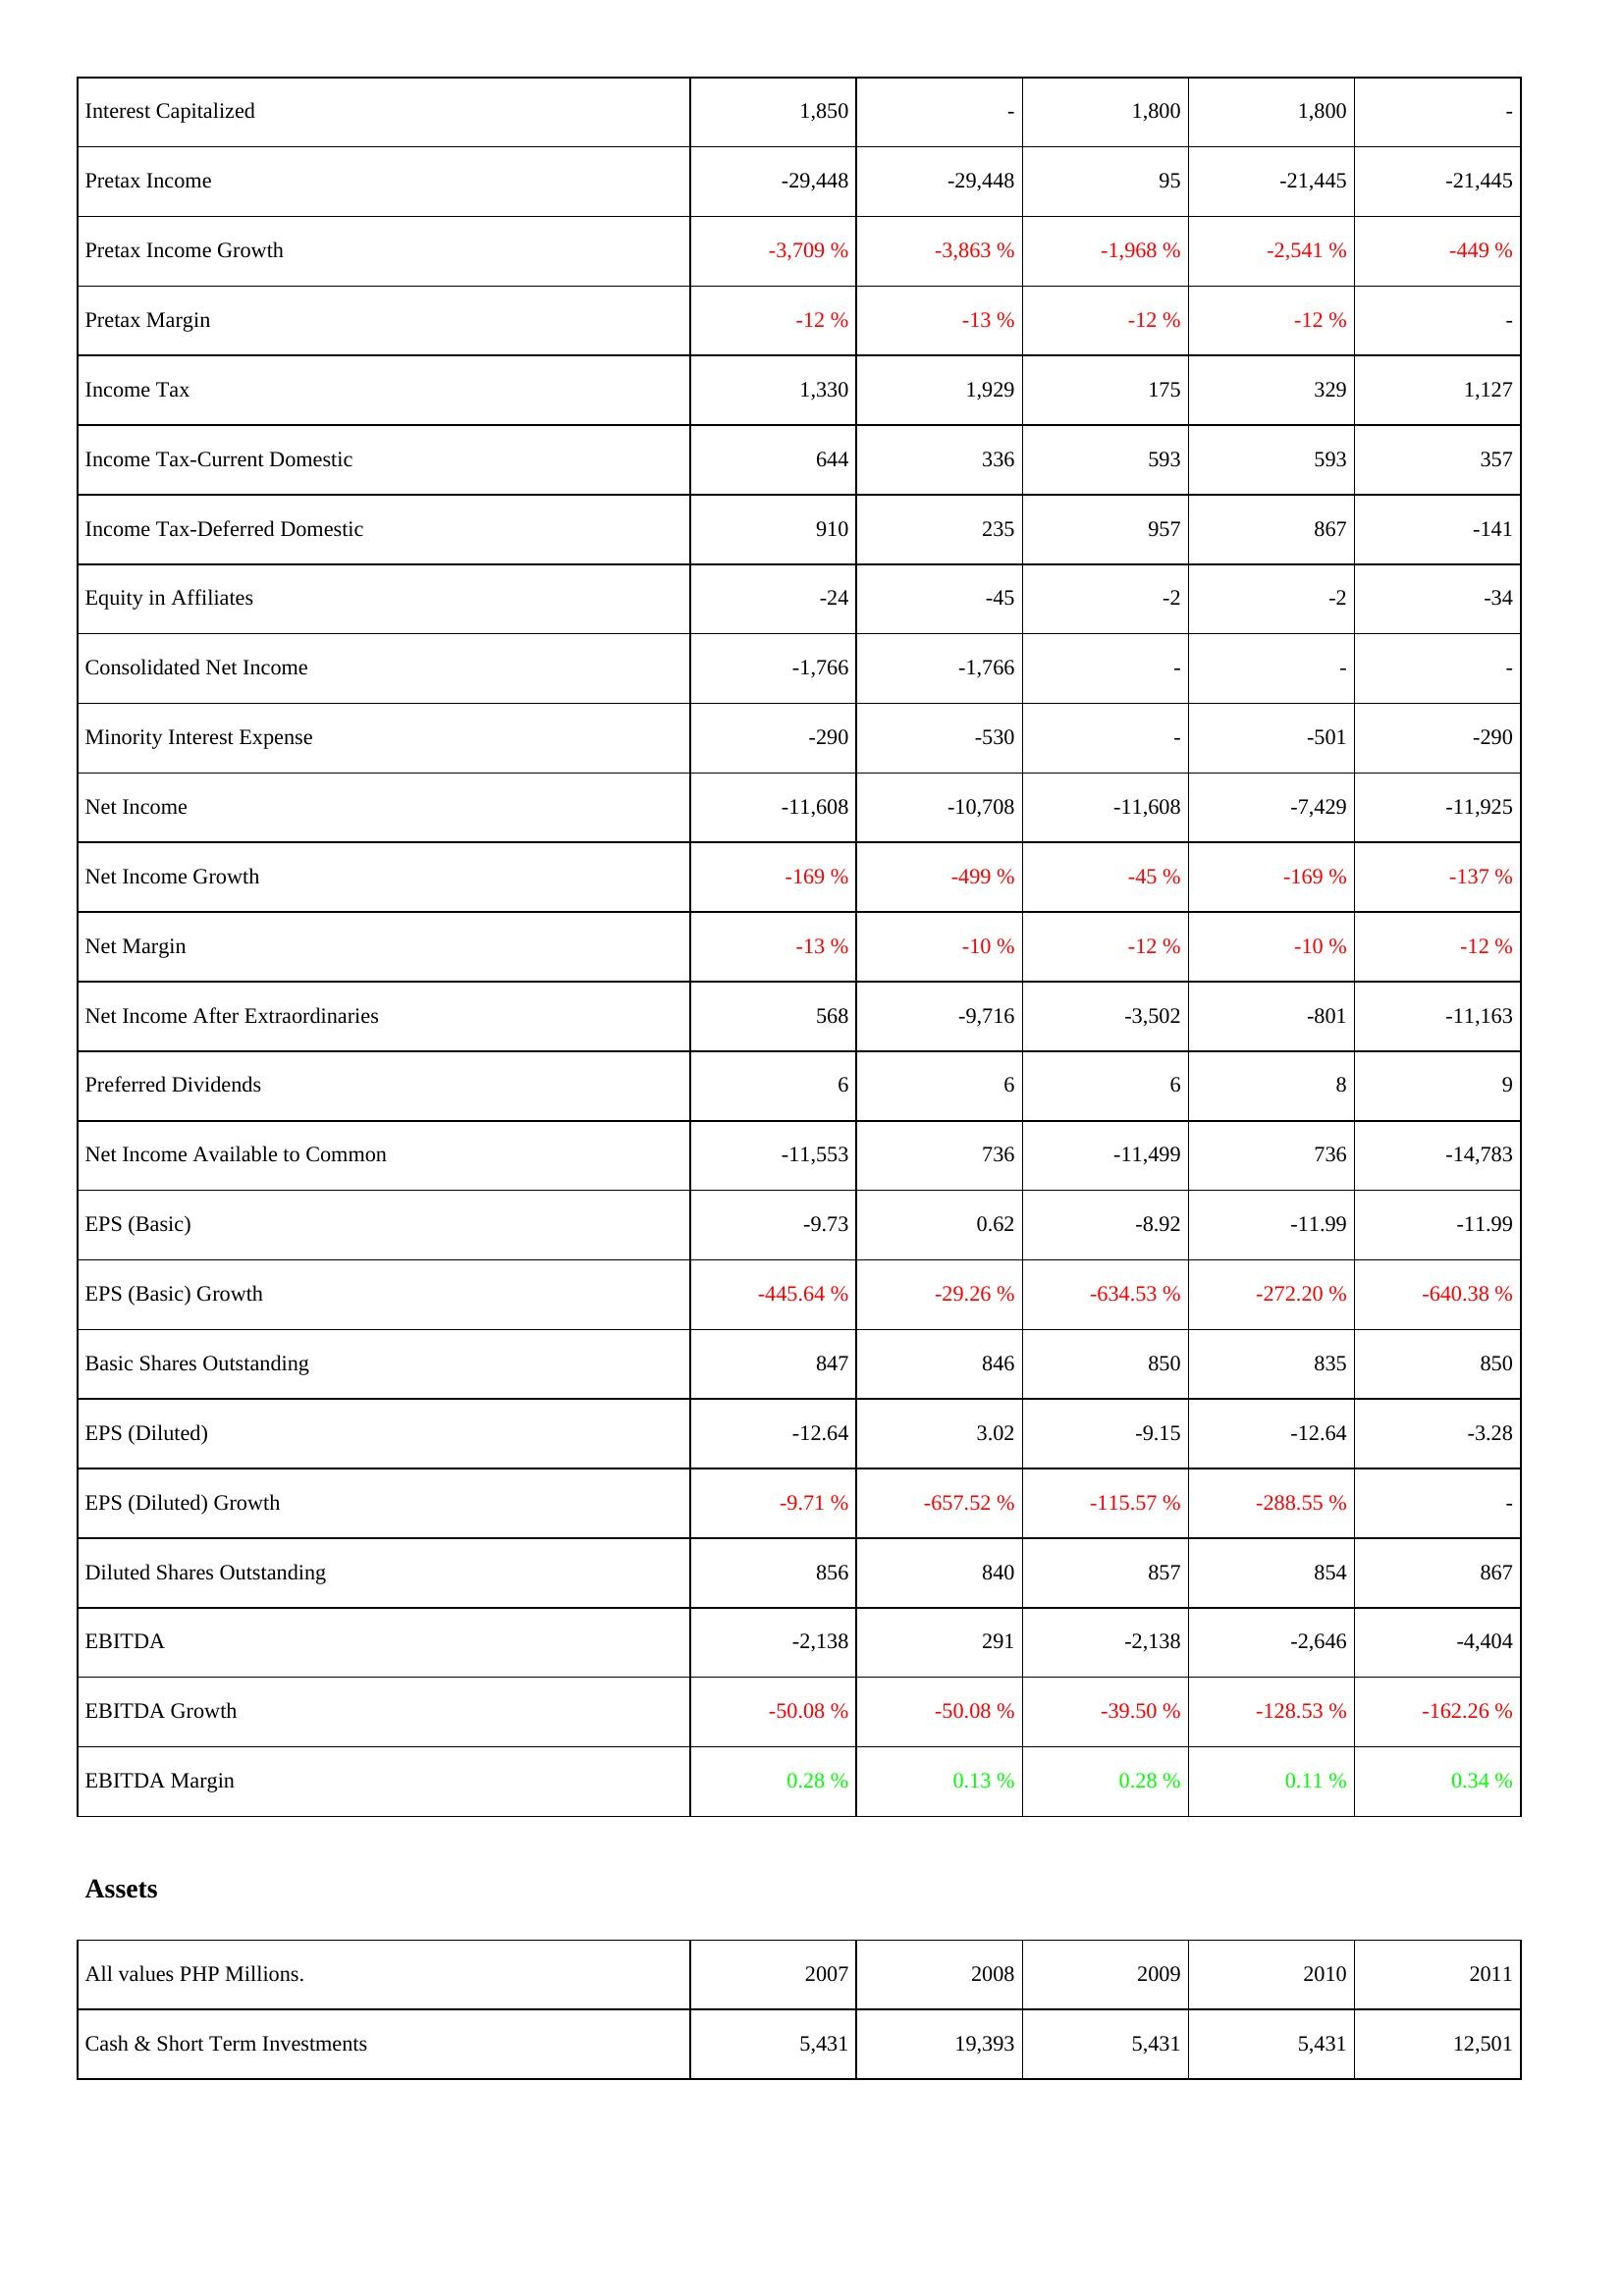
2007: Income Statement: Interest Capitalized: 1,850
Pretax Income: -29,448
Pretax Income Growth: -3,709 %
Pretax Margin: -12 %
Income Tax: 1,330
Income Tax-Current Domestic: 644
Income Tax-Deferred Domestic: 910
Equity in Affiliates: -24
Consolidated Net Income: -1,766
Minority Interest Expense: -290
Net Income: -11,608
Net Income Growth: -169 %
Net Margin: -13 %
Net Income After Extraordinaries: 568
Preferred Dividends: 6
Net Income Available to Common: -11,553
EPS (Basic): -9.73
EPS (Basic) Growth: -445.64 %
Basic Shares Outstanding: 847
EPS (Diluted): -12.64
EPS (Diluted) Growth: -9.71 %
Diluted Shares Outstanding: 856
EBITDA: -2,138
EBITDA Growth: -50.08 %
EBITDA Margin: 0.28 %
Assets: Cash & Short Term Investments: 5,431
2008: Income Statement: Interest Capitalized: -
Pretax Income: -29,448
Pretax Income Growth: -3,863 %
Pretax Margin: -13 %
Income Tax: 1,929
Income Tax-Current Domestic: 336
Income Tax-Deferred Domestic: 235
Equity in Affiliates: -45
Consolidated Net Income: -1,766
Minority Interest Expense: -530
Net Income: -10,708
Net Income Growth: -499 %
Net Margin: -10 %
Net Income After Extraordinaries: -9,716
Preferred Dividends: 6
Net Income Available to Common: 736
EPS (Basic): 0.62
EPS (Basic) Growth: -29.26 %
Basic Shares Outstanding: 846
EPS (Diluted): 3.02
EPS (Diluted) Growth: -657.52 %
Diluted Shares Outstanding: 840
EBITDA: 291
EBITDA Growth: -50.08 %
EBITDA Margin: 0.13 %
Assets: Cash & Short Term Investments: 19,393
2009: Income Statement: Interest Capitalized: 1,800
Pretax Income: 95
Pretax Income Growth: -1,968 %
Pretax Margin: -12 %
Income Tax: 175
Income Tax-Current Domestic: 593
Income Tax-Deferred Domestic: 957
Equity in Affiliates: -2
Consolidated Net Income: -
Minority Interest Expense: -
Net Income: -11,608
Net Income Growth: -45 %
Net Margin: -12 %
Net Income After Extraordinaries: -3,502
Preferred Dividends: 6
Net Income Available to Common: -11,499
EPS (Basic): -8.92
EPS (Basic) Growth: -634.53 %
Basic Shares Outstanding: 850
EPS (Diluted): -9.15
EPS (Diluted) Growth: -115.57 %
Diluted Shares Outstanding: 857
EBITDA: -2,138
EBITDA Growth: -39.50 %
EBITDA Margin: 0.28 %
Assets: Cash & Short Term Investments: 5,431
2010: Income Statement: Interest Capitalized: 1,800
Pretax Income: -21,445
Pretax Income Growth: -2,541 %
Pretax Margin: -12 %
Income Tax: 329
Income Tax-Current Domestic: 593
Income Tax-Deferred Domestic: 867
Equity in Affiliates: -2
Consolidated Net Income: -
Minority Interest Expense: -501
Net Income: -7,429
Net Income Growth: -169 %
Net Margin: -10 %
Net Income After Extraordinaries: -801
Preferred Dividends: 8
Net Income Available to Common: 736
EPS (Basic): -11.99
EPS (Basic) Growth: -272.20 %
Basic Shares Outstanding: 835
EPS (Diluted): -12.64
EPS (Diluted) Growth: -288.55 %
Diluted Shares Outstanding: 854
EBITDA: -2,646
EBITDA Growth: -128.53 %
EBITDA Margin: 0.11 %
Assets: Cash & Short Term Investments: 5,431
2011: Income Statement: Interest Capitalized: -
Pretax Income: -21,445
Pretax Income Growth: -449 %
Pretax Margin: -
Income Tax: 1,127
Income Tax-Current Domestic: 357
Income Tax-Deferred Domestic: -141
Equity in Affiliates: -34
Consolidated Net Income: -
Minority Interest Expense: -290
Net Income: -11,925
Net Income Growth: -137 %
Net Margin: -12 %
Net Income After Extraordinaries: -11,163
Preferred Dividends: 9
Net Income Available to Common: -14,783
EPS (Basic): -11.99
EPS (Basic) Growth: -640.38 %
Basic Shares Outstanding: 850
EPS (Diluted): -3.28
EPS (Diluted) Growth: -
Diluted Shares Outstanding: 867
EBITDA: -4,404
EBITDA Growth: -162.26 %
EBITDA Margin: 0.34 %
Assets: Cash & Short Term Investments: 12,501